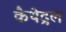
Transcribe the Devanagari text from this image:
कैथेद्रल